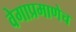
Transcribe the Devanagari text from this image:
वेगाप्रमाणेच